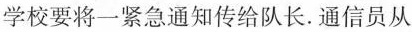
学校要将一紧急通知传给队长.通信员从